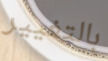
بالتغيير